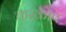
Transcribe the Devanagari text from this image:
चारकोप